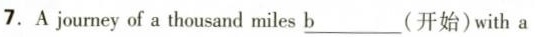
7.A joumey of a thousand miles \underline{b}(开始)with a